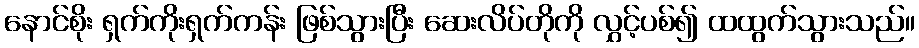
နောင်စိုး ရှက်ကိုးရှက်ကန်း ဖြစ်သွားပြီး ဆေးလိပ်တိုကို လွှင့်ပစ်၍ ထထွက်သွားသည်။